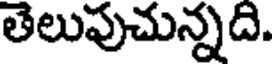
తెలుపుచున్నది.